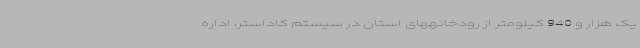
یک هزار و 940 کیلومتر از رودخانههای استان در سیستم کاداستر، اداره